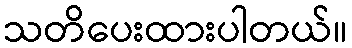
သတိပေးထားပါတယ်။